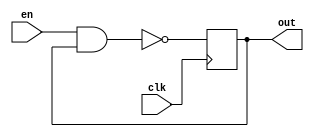
(* dont_touch = "yes" *)
module ro1(
    input en,
    input clk,
    output reg out
    );
	 
    (* S= "TRUE"*)(* ALLOW_COMBINATORIAL_LOOPS = "true", KEEP = "true" *) 
    wire p, q, r, s;
        
    nand #0.301(p, en, out);
    and  #1.611(q, p, p);
    and  #0.073(r, q, q);
    and  #0.574(s, r, r);
    always @(posedge clk)
        #1.965 out <= s & s;

endmodule

(* dont_touch = "yes" *)
module ro2(
    input en,
    input clk,
    output reg out
    );
	 
    (* S= "TRUE"*)(* ALLOW_COMBINATORIAL_LOOPS = "true", KEEP = "true" *) 
    wire p, q, r, s;
        
    nand #0.155(p, en, out);
    and  #0.571(q, p, p);
    and  #1.443(r, q, q);
    and  #0.221(s, r, r);
    always @(posedge clk)
        #0.604 out <= s & s;

endmodule

(* dont_touch = "yes" *)
module ro3(
    input en,
    input clk,
    output reg out
    );
	 
    (* S= "TRUE"*)(* ALLOW_COMBINATORIAL_LOOPS = "true", KEEP = "true" *) 
    wire p, q, r, s;
        
    nand #0.182(p, en, out);
    and  #0.086(q, p, p);
    and  #1.087(r, q, q);
    and  #1.437(s, r, r);
    always @(posedge clk)
        #0.739 out <= s & s;

endmodule

(* dont_touch = "yes" *)
module ro4(
    input en,
    input clk,
    output reg out
    );
	 
    (* S= "TRUE"*)(* ALLOW_COMBINATORIAL_LOOPS = "true", KEEP = "true" *) 
    wire p, q, r, s;
        
    nand #0.606(p, en, out);
    and  #1.205(q, p, p);
    and  #0.914(r, q, q);
    and  #0.842(s, r, r);
    always @(posedge clk)
        #0.794 out <= s & s;

endmodule